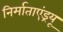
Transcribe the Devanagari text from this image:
निर्माताएंड्रयू